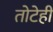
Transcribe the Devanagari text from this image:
तोटेही